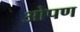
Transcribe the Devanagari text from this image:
ओपण